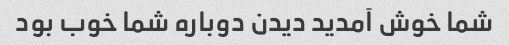
شما خوش آمدید دیدن دوباره شما خوب بود